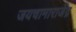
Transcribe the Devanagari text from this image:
जयचामाराजेंद्र